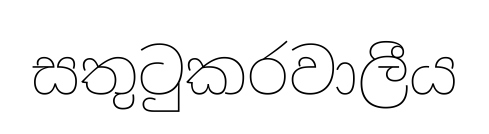
සතුටුකරවාලීය